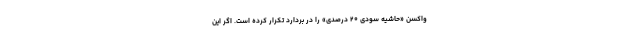
واکسن «حاشیه سودی ۲۰ درصدی» را در بردارد تکرار کرده است. اگر این